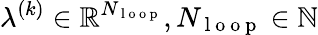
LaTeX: \lambda^{(k)}\in\mathbb{R}^{N_{\mathrm{~l~o~o~p~}}},N_{\mathrm{~l~o~o~p~}}\in\mathbb{N}